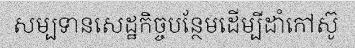
សម្បទានសេដ្ឋកិច្ចបន្ថែមដើម្បីដាំកៅស៊ូ